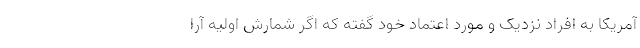
آمریکا به افراد نزدیک و مورد اعتماد خود گفته که اگر شمارش اولیه آرا